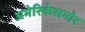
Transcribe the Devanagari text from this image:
अमेरिकेसमोर